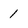
Character: 1